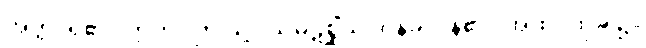
အတ္ထိ၊ ရှိ၏။ ဣတိ။ ဤသို့။ သမ္ပဋိစ္ဆိံသု၊ ဝန်ခံကုန်၏။ အထ၊ ထိုခါ၌။